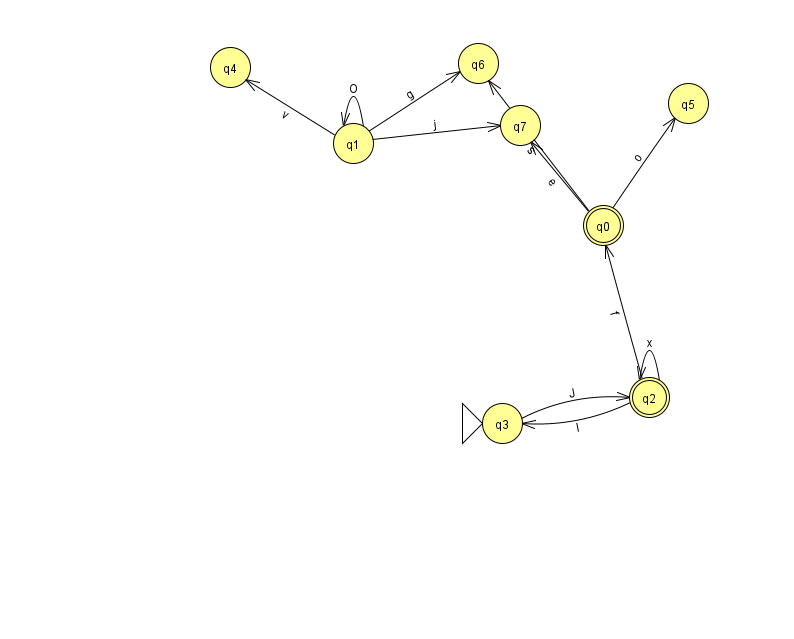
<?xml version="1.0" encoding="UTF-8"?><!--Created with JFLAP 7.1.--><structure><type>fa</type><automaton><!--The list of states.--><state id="0" name="q0"><x>603.0</x><y>212.0</y><final/></state><state id="1" name="q1"><x>353.0</x><y>130.0</y></state><state id="2" name="q2"><x>649.0</x><y>384.0</y><final/></state><state id="3" name="q3"><x>502.0</x><y>410.0</y><initial/></state><state id="4" name="q4"><x>230.0</x><y>54.0</y></state><state id="5" name="q5"><x>688.0</x><y>90.0</y></state><state id="6" name="q6"><x>478.0</x><y>50.0</y></state><state id="7" name="q7"><x>520.0</x><y>112.0</y></state><!--The list of transitions.--><transition><from>1</from><to>7</to><read>j</read></transition><transition><from>2</from><to>3</to><read>I</read></transition><transition><from>3</from><to>2</to><read>J</read></transition><transition><from>1</from><to>4</to><read>v</read></transition><transition><from>0</from><to>7</to><read>e</read></transition><transition><from>2</from><to>0</to><read>f</read></transition><transition><from>0</from><to>6</to><read>s</read></transition><transition><from>2</from><to>2</to><read>x</read></transition><transition><from>1</from><to>6</to><read>g</read></transition><transition><from>0</from><to>5</to><read>o</read></transition><transition><from>1</from><to>1</to><read>O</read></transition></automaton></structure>